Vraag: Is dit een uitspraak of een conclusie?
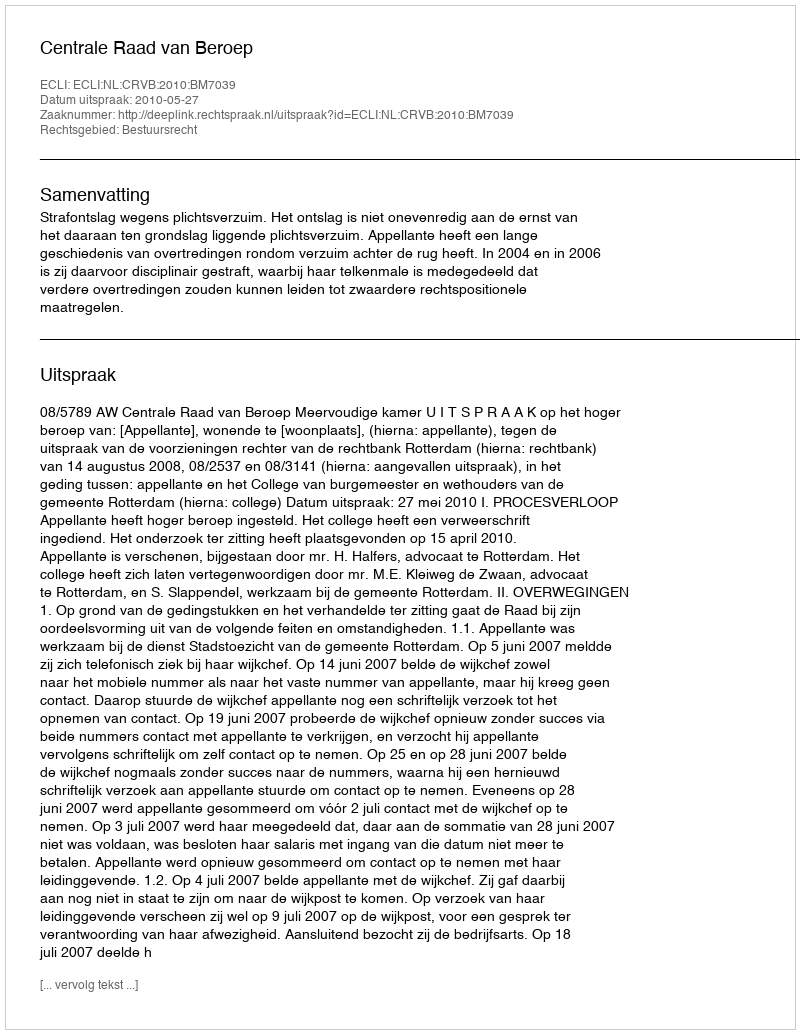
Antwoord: Uitspraak